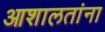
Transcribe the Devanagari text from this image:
आशालतांना